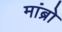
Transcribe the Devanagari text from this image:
मांब्रो